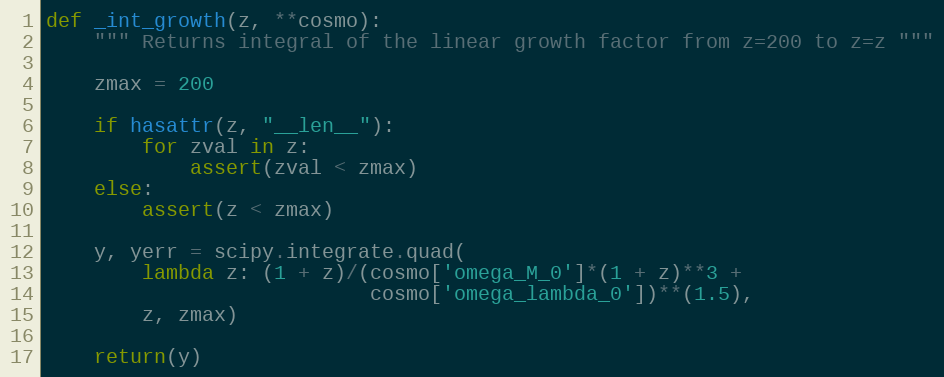
Language: Python
def _int_growth(z, **cosmo):
    """ Returns integral of the linear growth factor from z=200 to z=z """

    zmax = 200

    if hasattr(z, "__len__"):
        for zval in z:
            assert(zval < zmax)
    else:
        assert(z < zmax)

    y, yerr = scipy.integrate.quad(
        lambda z: (1 + z)/(cosmo['omega_M_0']*(1 + z)**3 +
                           cosmo['omega_lambda_0'])**(1.5),
        z, zmax)

    return(y)